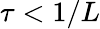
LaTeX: \tau<1/L